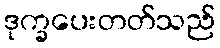
ဒုက္ခပေးတတ်သည်